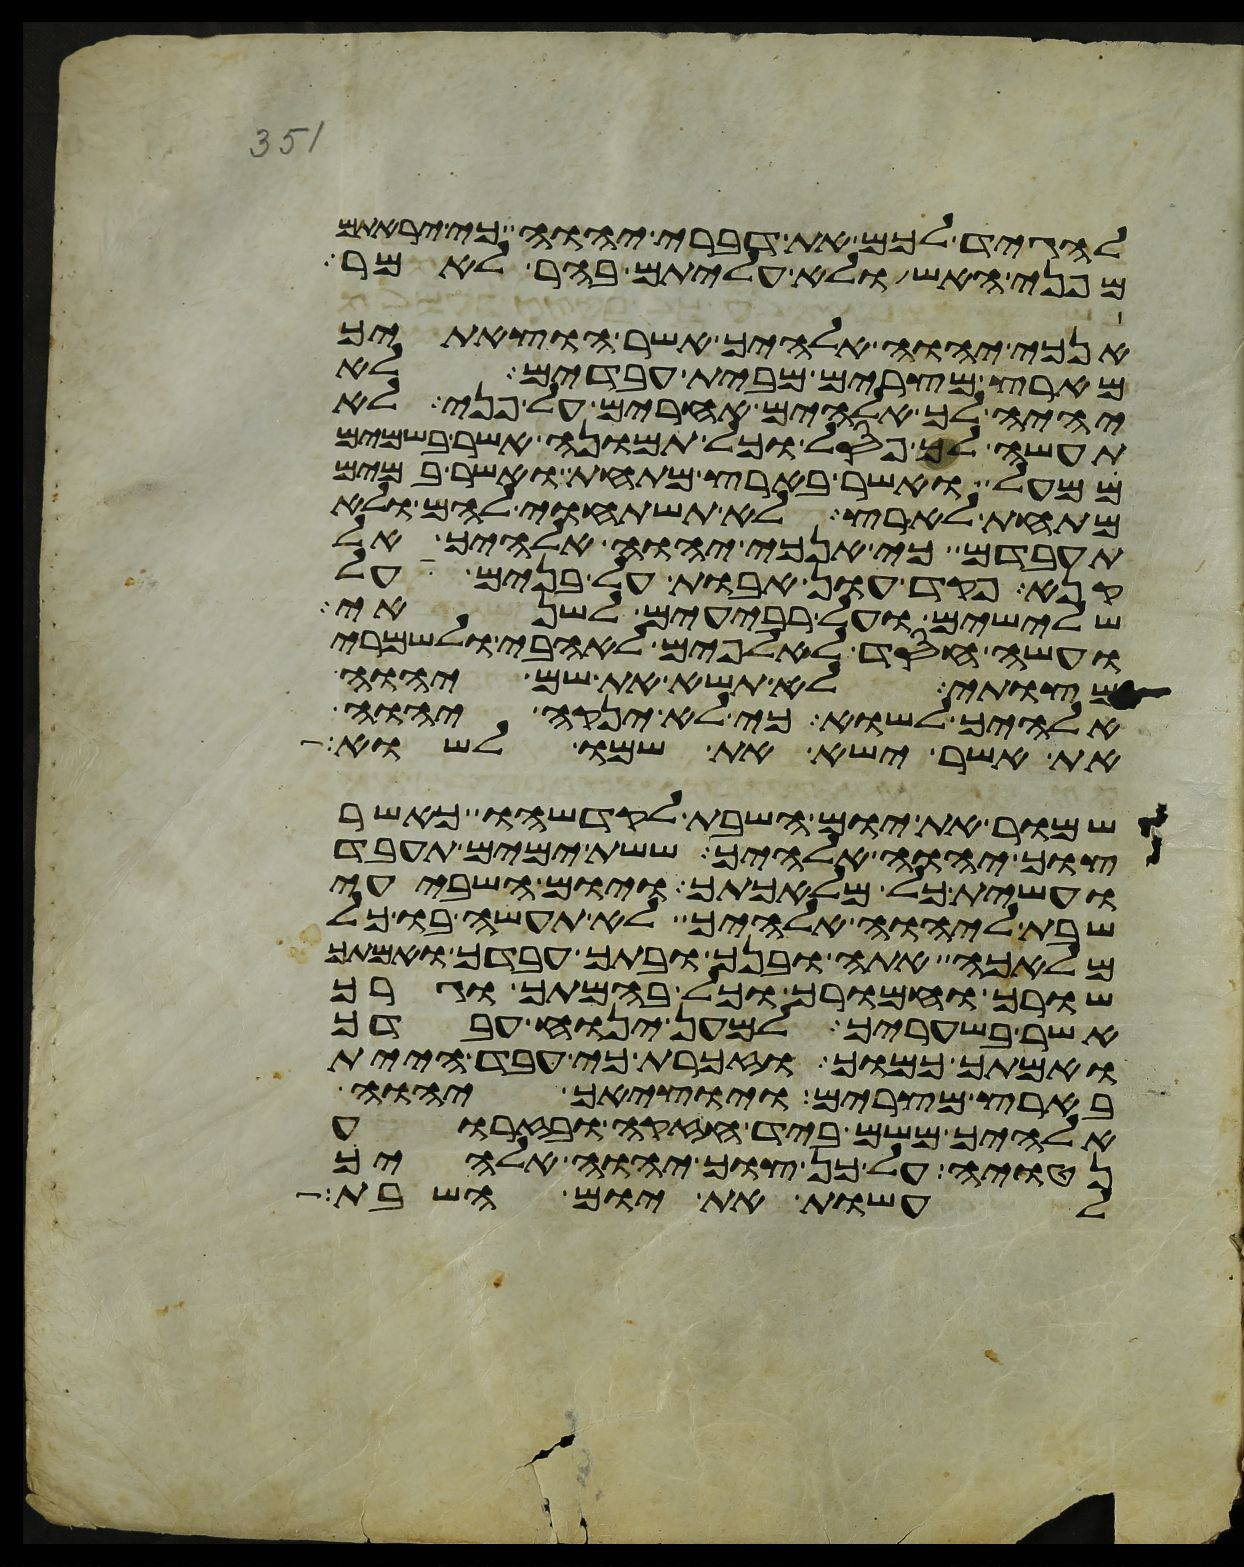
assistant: להגיד לכם את דברי יהוה כי יראתם
מפני האש ולא עליתם בהר לאמר
אנכי יהוה אלהיך אשר הוצאתיך
מארץ מצרים מבית עבדים לא
יהיה לך אלהים אחרים על פני לא
תעשה לך פסל וכל תמונה אשר בשמים
ממעל ואשר בארץ מתחת ואשר במים
מתחת לארץ לא תשתחוה להם ולא
תעבדם כי אנכי יהוה אלהיך אל
קנא פקד עון אבות על בנים על
שלישים ועל רביעים לשנאי
ועשה חסד לאלפים לאהבי ולשמרי
מצותי לא תשא את שם יהוה
אלהיך לשוא כי לא ינקה יהוה
את אשר ישא את שמו לשוא
שמור את יום השבת לקדשהו כאשר
צוך יהוה אלהיך ששת ימים תעבד
ועשית כל מלאכתך ויום השביעי
שבת ליהוה אלהיך לא תעשה בו כל
מלאכה אתה ובנך ובתך עבדך ואמתך
שורך וחמורך וכל בהמתך וגרך
אשר בשעריך למען ינוח עבדך
ואמתך כמוך וזכרת כי עבד היית
בארץ מצרים ויוציאך יהוה
אלהיך משם ביד חזקה ובזרוע
נטויה על כן צוך יהוה אלהיך
לעשות את יום השבת